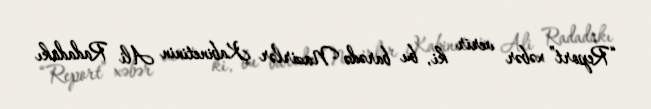
“Report” xəbər verir ki, bu barədə Nazirlər Kabinetinin Ali Radadakı